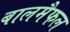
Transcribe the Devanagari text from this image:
बालमैफल